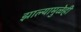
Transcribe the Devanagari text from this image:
झाल्यामुळेही